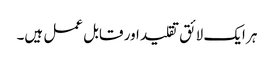
ہر ایک لائق تقلید اور قابل عمل ہیں۔